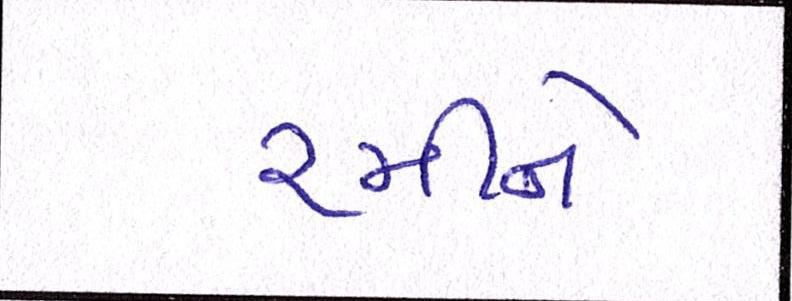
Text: રમીને